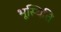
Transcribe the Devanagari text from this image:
भूस्थिति